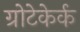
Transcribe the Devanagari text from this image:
ग्रोटेकेर्क